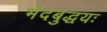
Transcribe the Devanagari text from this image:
भेदबुद्धयः